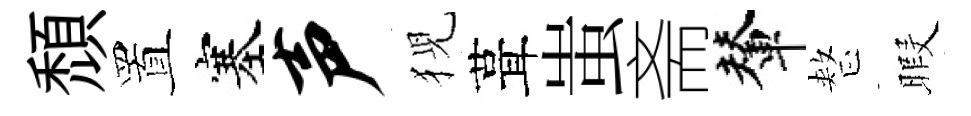
頹置塞声猊葺蚩斋輦整暇